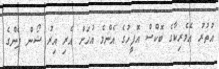
އުތުރު އެމެރިކާގެ ބޮކްސް އޮފީހުގެ އެންމެ އުހަށް އެރި އިރު ޝޯން ޕެންގެ